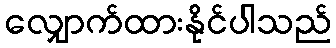
လျှောက်ထားနိုင်ပါသည်